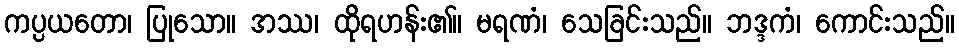
ကပ္ပယတော၊ ပြုသော။ အဿ၊ ထိုရဟန်း၏။ မရဏံ၊ သေခြင်းသည်။ ဘဒ္ဒကံ၊ ကောင်းသည်။